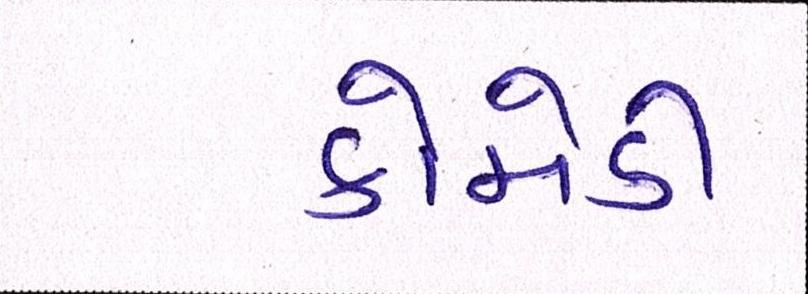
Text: કોમેડી